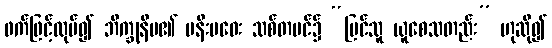
ဖက်ဖြင့်ထုပ်၍ ဘိက္ခုနီမ၏ မနီးမဝေး သစ်တပင်၌ “မြင်သူ ယူစေသတည်း” ဟုဆို၍